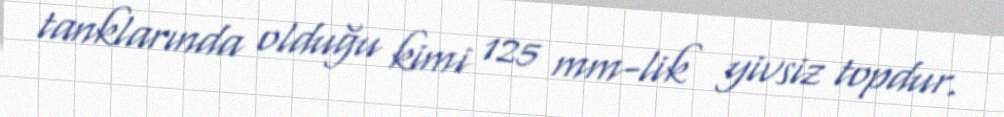
tanklarında olduğu kimi 125 mm-lik yivsiz topdur.